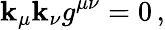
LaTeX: \mathbf{k}_{\mu}\mathbf{k}_{\nu}g^{\mu\nu}=0\, ,